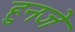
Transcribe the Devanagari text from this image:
हुनजे